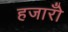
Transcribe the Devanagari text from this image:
हजारोँ